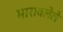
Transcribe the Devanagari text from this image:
भारावलेले